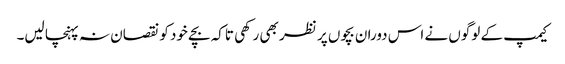
کیمپ کے لوگوں نے اس دوران بچوں پر نظر بھی رکھی تاکہ بچے خود کو نقصان نہ پہنچا لیں۔